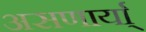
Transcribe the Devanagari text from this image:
असणार्या्